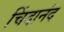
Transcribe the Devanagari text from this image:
चिंदानंद